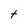
Character: t